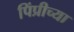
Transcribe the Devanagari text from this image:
पिंप्रीच्या